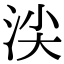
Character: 𣴒